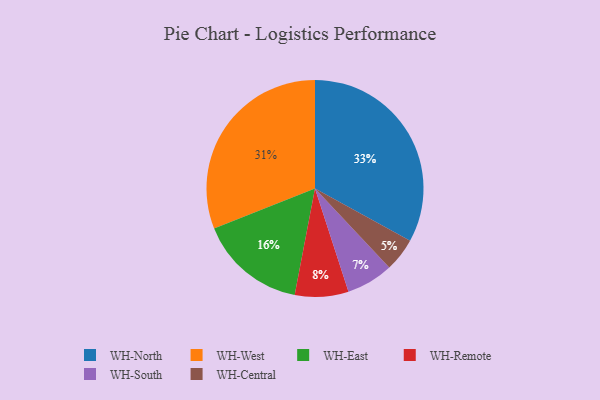
{"axis": {"x": "Category", "y": "Percentage"}, "legend": ["WH-Central", "WH-East", "WH-North", "WH-Remote", "WH-South", "WH-West"], "data": [{"x": "WH-Remote", "y": 8, "type": "WH-Remote"}, {"x": "WH-North", "y": 33, "type": "WH-North"}, {"x": "WH-East", "y": 16, "type": "WH-East"}, {"x": "WH-Central", "y": 5, "type": "WH-Central"}, {"x": "WH-South", "y": 7, "type": "WH-South"}, {"x": "WH-West", "y": 31, "type": "WH-West"}]}